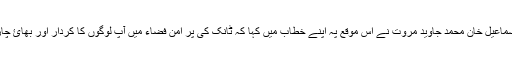
ریجنل پولیس آفیسر ڈیرہ اسماعیل کیپٹن (ر) فیروز شاہ ااور کمشنر ڈیرہ اسماعیل خان محمد جاوید مروت نے اس موقع پہ اپنے خطاب میں کہا کہ ٹانک کی پر امن فضاء میں آپ لوگوں کا کردار اور بھائ چارے کی فضاء قابل تعریف ہے، جس کی توقع ہمیشہ آپ سے کی گئ ہے۔